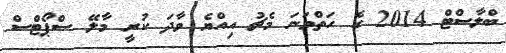
ބްލާސްޓް 2014 ގެ ހަތްވަނަ މެޗު އިއްޔެ ވާދަ ކުރީ މާލޭ ސްޕޯޓްސް